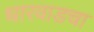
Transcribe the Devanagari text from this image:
धारवाडचा